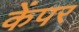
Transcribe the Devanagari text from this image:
केंपर